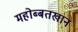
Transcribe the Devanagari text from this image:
महोब्बतखान